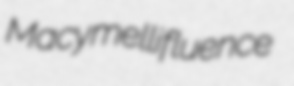
Macy mellifluence